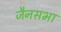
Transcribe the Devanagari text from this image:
जैनसभा